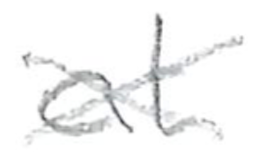
Text: at
Cross-out: cross
Writing tool: pencil